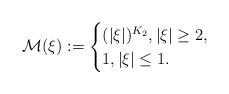
LaTeX: \begin{align*}\mathcal{M}(\xi):=\begin{cases}(|\xi|)^{K_{2}}, |\xi|\geq 2,\\1, |\xi|\leq 1.\end{cases}\end{align*}